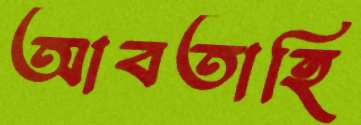
আবতাহি